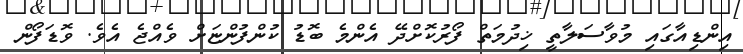
އިންޑިއާގައި މުވާސަލާތީ ޚިދުމަތް ފޯރުކޮށްދޭ އެންމެ ބޮޑު ކުންފުންޏަށް ވެއްޖެ އެވެ. ވޮޑަފޯން